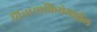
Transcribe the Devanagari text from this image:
विचारप्रक्रियेमधील